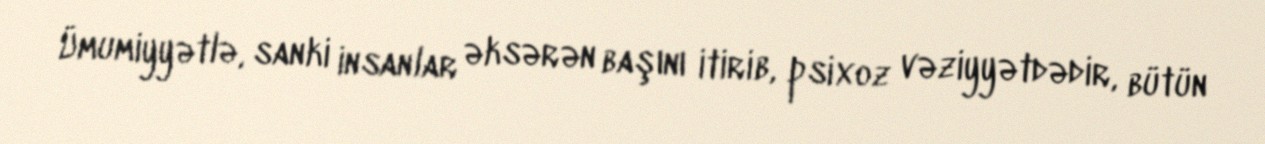
Ümumiyyətlə, sanki insanlar əksərən başını itirib, psixoz vəziyyətdədir, bütün